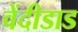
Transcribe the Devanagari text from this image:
वेंदीडाड